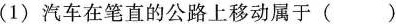
(1) 汽车在笔直的公路上移动属于( )